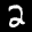
Label: 2